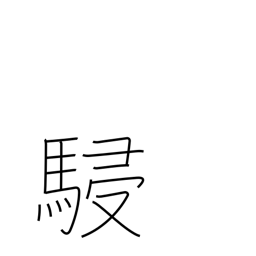
Meaning: horses running